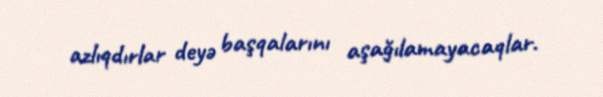
azlıqdırlar deyə başqalarını aşağılamayacaqlar.